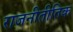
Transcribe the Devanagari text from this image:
राजनीतीतिक